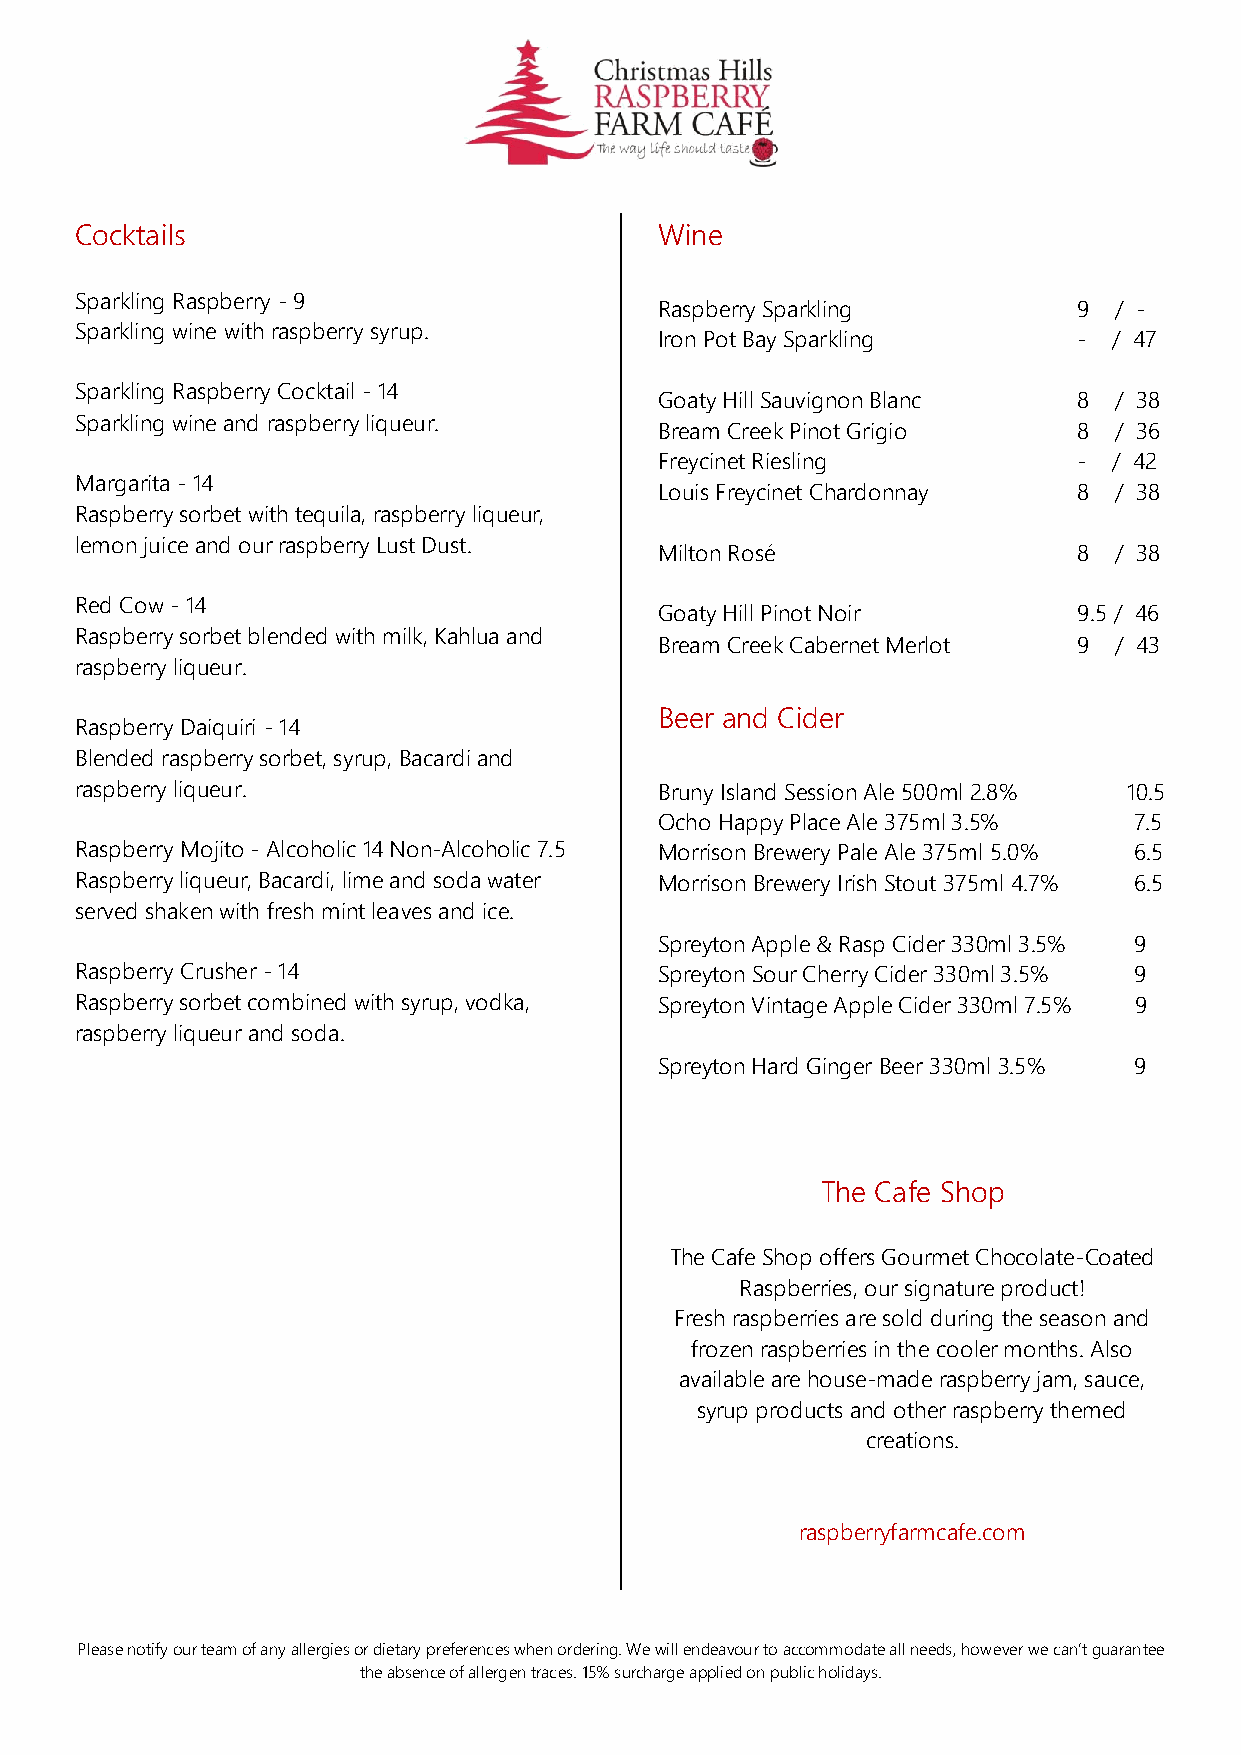
Cocktails                              Wine
 Sparkling Raspberry - 9
 Raspberry Sparkling        9  / -
 Sparkling wine with raspberry syrup.
 Iron Pot Bay Sparkling     -  / 47
 Sparkling Raspberry Cocktail - 14
 Goaty Hill Sauvignon Blanc 8  / 38
 Sparkling wine and raspberry liqueur.
 Bream Creek Pinot Grigio   8  / 36
 Freycinet Riesling         -  / 42
 Margarita - 14
 Louis Freycinet Chardonnay 8  / 38
 Raspberry sorbet with tequila, raspberry liqueur,
 lemon juice and our raspberry Lust Dust.
 Milton Rosé                8  / 38
 Red Cow - 14
 Goaty Hill Pinot Noir      9.5 / 46
 Raspberry sorbet blended with milk, Kahlua and
 Bream Creek Cabernet Merlot 9 / 43
 raspberry liqueur.
 Beer and Cider
 Raspberry Daiquiri - 14
 Blended raspberry sorbet, syrup, Bacardi and
 raspberry liqueur.                     Bruny Island Session Ale 500ml 2.8% 10.5
 Ocho Happy Place Ale 375ml 3.5% 7.5
 Raspberry Mojito - Alcoholic 14 Non-Alcoholic 7.5 Morrison Brewery Pale Ale 375ml 5.0% 6.5
 Raspberry liqueur, Bacardi, lime and soda water Morrison Brewery Irish Stout 375ml 4.7% 6.5
 served shaken with fresh mint leaves and ice.
 Spreyton Apple & Rasp Cider 330ml 3.5% 9
 Raspberry Crusher - 14                 Spreyton Sour Cherry Cider 330ml 3.5% 9
 Raspberry sorbet combined with syrup, vodka, Spreyton Vintage Apple Cider 330ml 7.5% 9
 raspberry liqueur and soda.
 Spreyton Hard Ginger Beer 330ml 3.5% 9
 The Cafe Shop
 The Cafe Shop offers Gourmet Chocolate-Coated
 Raspberries, our signature product!
 Fresh raspberries are sold during the season and
 frozen raspberries in the cooler months. Also
 available are house-made raspberry jam, sauce,
 syrup products and other raspberry themed
 creations.
 raspberryfarmcafe.com
 Please notify our team of any allergies or dietary preferences when ordering. We will endeavour to accommodate all needs, however we can’t guarantee
 the absence of allergen traces. 15% surcharge applied on public holidays.